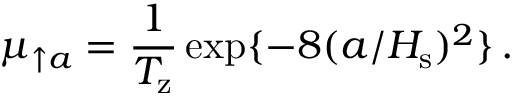
\mu _ { \uparrow a } = \frac { 1 } { T _ { \mathrm { z } } } \exp \{ - 8 ( a / H _ { \mathrm { s } } ) ^ { 2 } \} \, .